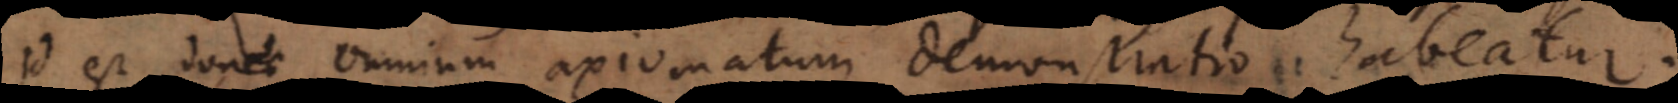
id est, donec omnium axiomatum demonstratio habeatur.